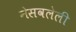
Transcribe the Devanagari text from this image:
नेसवलेली